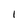
Character: 1